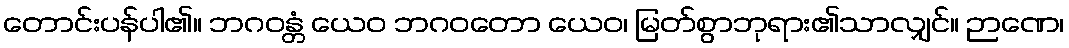
တောင်းပန်ပါ၏။ ဘဂဝန္တံ ယေဝ ဘဂဝတော ယေဝ၊ မြတ်စွာဘုရား၏သာလျှင်။ ဉာဏေ၊